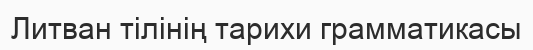
Литван тілінің тарихи грамматикасы